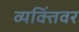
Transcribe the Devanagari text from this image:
व्यक्तिंवर